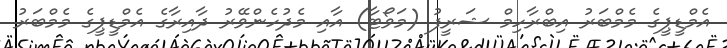
އެމްޑީޕީގެ މެމްބަރު އިބްރާހިމް ޝަރީފު (މަވޯޓާ) އާއި މެދުހެންވޭރު ދާއިރާގެ އެމްޑީޕީގެ މެމްބަރު